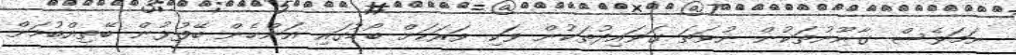
ނަމަވެސް ގާނޫނުތަކުން ނުވަތަ ގަވައިދުތަކުން ވަކި ވަރަކަށް ބޯޑުގައި އަންހެން ބޭފުޅުން ބޭތިއްބުމަށް